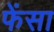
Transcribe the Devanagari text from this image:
फेंसा